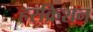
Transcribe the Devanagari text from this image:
हरक्रिशन